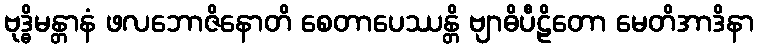
ဗုဒ္ဓိမန္တာနံ ဖလဘောဇိနောတိ စေတာပေဿန္တိ ဗျာဓိပီဠိတော မေတိအာဒိနာ